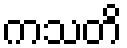
ကသတိ